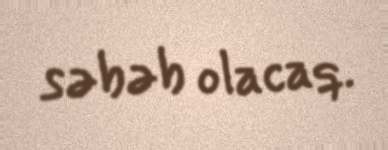
səbəb olacaq.